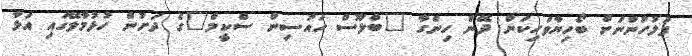
ފުލުހުންނަށް ބޯހިޔާވަހިކަން ދޭން ހިންގާ "ބްލޫސް ހައުސިން ސްކީމް"ގެ ދަށުން ހުޅުމާލޭގައި އަޅާ